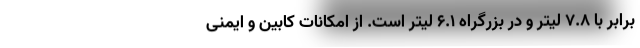
برابر با 7.8 لیتر و در بزرگراه 6.1 لیتر است. از امکانات کابین و ایمنی